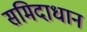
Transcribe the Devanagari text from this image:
समिदाधान